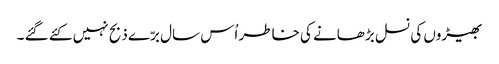
بھیڑوں کی نسل بڑھانے کی خاطر اُس سال برّے ذبح نہیں کئے گئے ۔